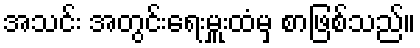
အသင်း အတွင်းရေးမှူးထံမှ စာဖြစ်သည်။